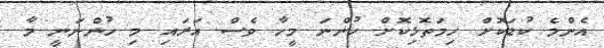
އެންމެ ކުޑަކޮށް ހިމަތޮޅިކޮށް ހުންނަ މީހާ ވެސް އަރައި މި ހުންނަނީ މާ